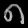
Digit: ၈